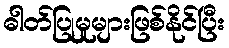
ဓါတ်ပြုမှုများဖြစ်နိုင်ပြီး